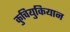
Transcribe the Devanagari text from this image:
कुचियुकियान